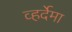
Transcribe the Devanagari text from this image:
व्हर्देमा